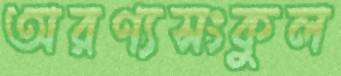
অরণ্যসংকুল